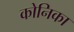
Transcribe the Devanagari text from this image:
कोनिका